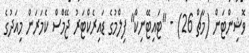
ވޮޝިންޓަން (މާޗް 26) - "ޓައިޓޭނިކް" ފިލްމުގެ ޑައިރެކްޓަރު ޖޭމްސް ކެމަރަން މިއަދުގެ